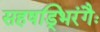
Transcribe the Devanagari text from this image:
सहषड्भिरंगैः